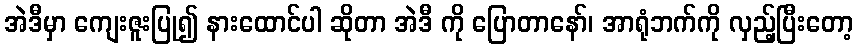
အဲဒီမှာ ကျေးဇူးပြု၍ နားထောင်ပါ ဆိုတာ အဲဒီ ကို ပြောတာနော်၊ အာရုံဘက်ကို လှည့်ပြီးတော့